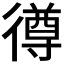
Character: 𢕰